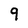
Character: 9